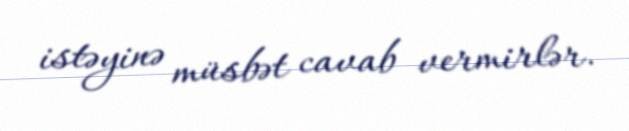
istəyinə müsbət cavab vermirlər.